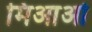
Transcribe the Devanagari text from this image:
मिआओ